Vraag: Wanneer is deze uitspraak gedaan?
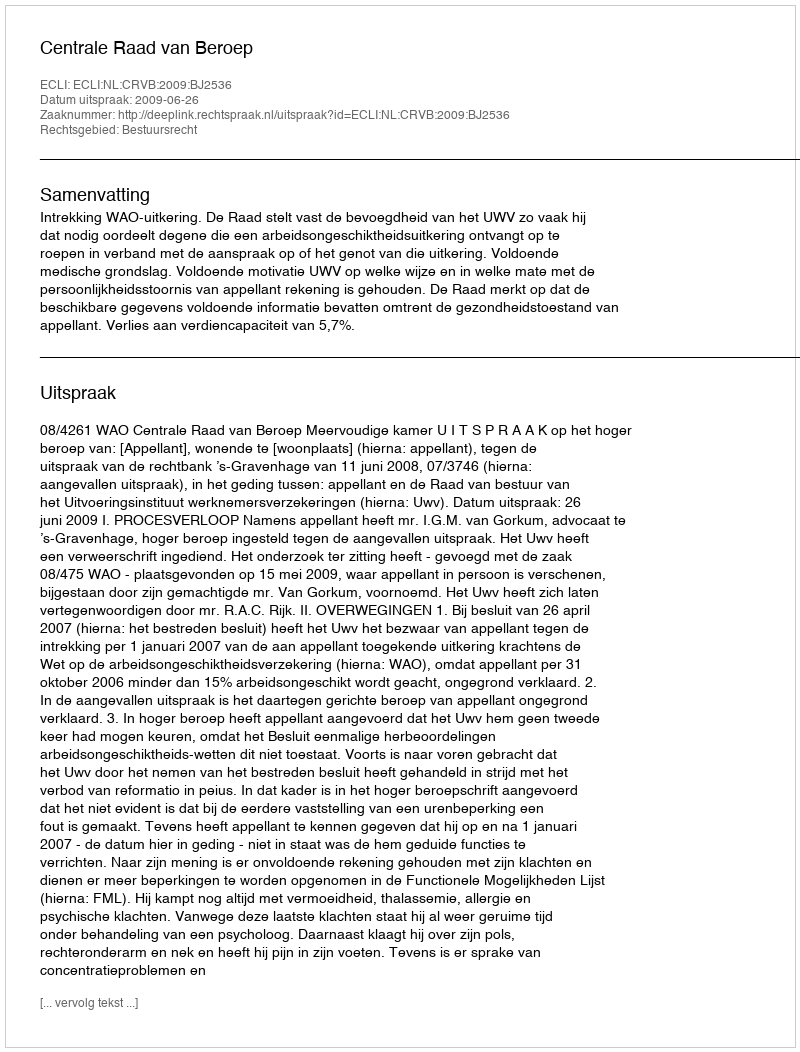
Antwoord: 2009-06-26